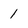
Character: 1